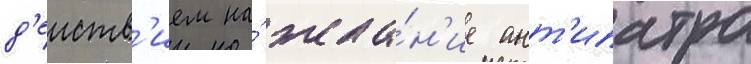
д'еиств'ием на́ жела́н'ие ант'ипатра